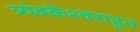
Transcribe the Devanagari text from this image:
त्र्यंबकेश्वराहून